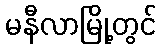
မနီလာမြို့တွင်